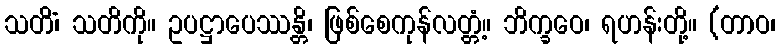
သတိံ၊ သတိကို။ ဥပဋ္ဌာပေဿန္တိ၊ ဖြစ်စေကုန်လတ္တံ့။ ဘိက္ခဝေ၊ ရဟန်းတို့။ (တာဝ၊